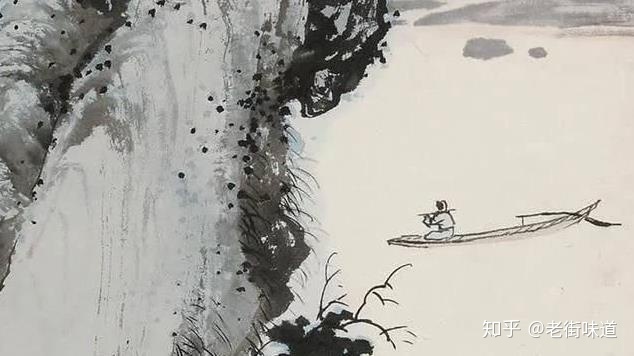
青箬笠，绿蓑衣，斜风细雨不须归。